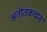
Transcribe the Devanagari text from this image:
अतीतकथन